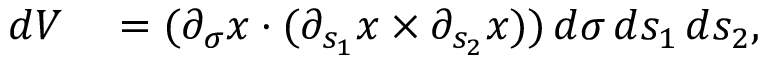
\begin{array} { r l } { d V } & { { } = ( \partial _ { \sigma } x \cdot ( \partial _ { s _ { 1 } } x \times \partial _ { s _ { 2 } } x ) ) \, d \sigma \, d s _ { 1 } \, d s _ { 2 } , } \end{array}